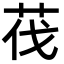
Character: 茷